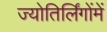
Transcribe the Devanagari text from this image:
ज्योतिर्लिंगोंमें